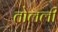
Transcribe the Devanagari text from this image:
तोलली